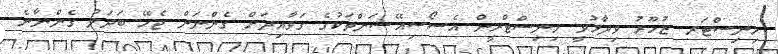
މިނިސްޓަރ ޒުހޫރު ވިދާޅުވީ މިނިސްޓްރީން އެސޯސިއޭޝަންތަކުގެ ގަވާއިދަށް ގެންނަން ޖެހޭ ބަދަލު ގެންނާނެ